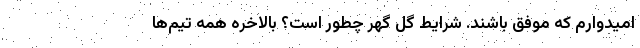
امیدوارم که موفق باشند. شرایط گل گهر چطور است؟ بالاخره همه تیم‌ها